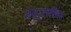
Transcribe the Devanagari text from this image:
अनुउपस्थित